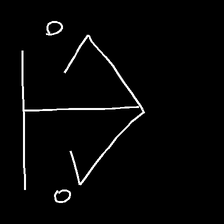
Glyph: earth